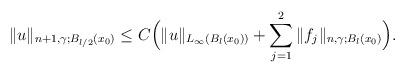
LaTeX: \begin{align*}\|u\|_{n+1,\gamma;B_{l/2}(x_0)}\le C\Big(\|u\|_{L_\infty(B_l(x_0))}+\sum_{j=1}^2\|f_j\|_{n,\gamma;B_l(x_0)}\Big).\end{align*}